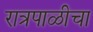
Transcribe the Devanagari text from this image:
रात्रपाळीचा